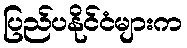
ပြည်ပနိုင်ငံများက